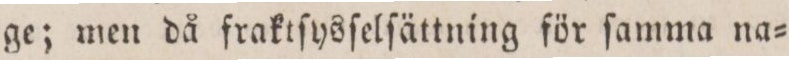
ge; men då fraktſysſelſättning för ſamma na=